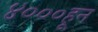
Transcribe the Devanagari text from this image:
४०००हून